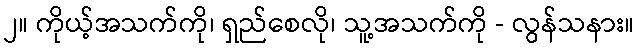
၂။ ကိုယ့်အသက်ကို၊ ရှည်စေလို၊ သူ့အသက်ကို - လွန်သနား။